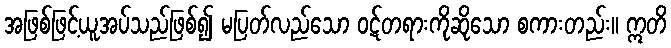
အဖြစ်ဖြင့်ယူအပ်သည်ဖြစ်၍ မပြတ်လည်သော ဝဋ်တရားကိုဆိုသော စကားတည်း။ ဣတိ